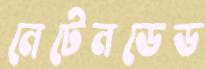
নেটেনডেড